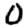
Digit: 0